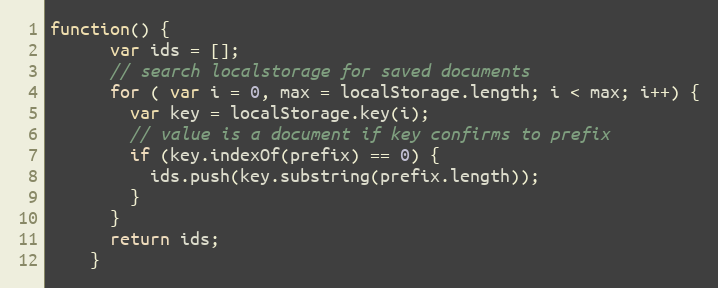
Language: JavaScript
function() {
      var ids = [];
      // search localstorage for saved documents
      for ( var i = 0, max = localStorage.length; i < max; i++) {
        var key = localStorage.key(i);
        // value is a document if key confirms to prefix
        if (key.indexOf(prefix) == 0) {
          ids.push(key.substring(prefix.length));
        }
      }
      return ids;
    }